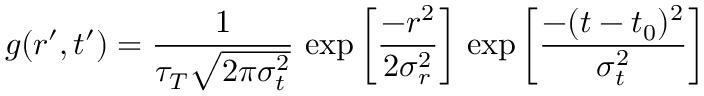
g ( r ^ { \prime } , t ^ { \prime } ) = \frac { 1 } { \tau _ { T } \sqrt { 2 \pi \sigma _ { t } ^ { 2 } } } \, \exp { \left[ \frac { - r ^ { 2 } } { 2 \sigma _ { r } ^ { 2 } } \right] } \, \exp { \left[ \frac { - ( t - t _ { 0 } ) ^ { 2 } } { \sigma _ { t } ^ { 2 } } \right] }